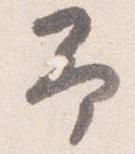
予